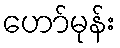
ဟော်မုန်း